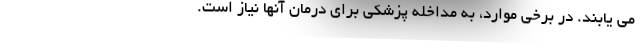
می یابند. در برخی موارد، به مداخله پزشکی برای درمان آنها نیاز است.